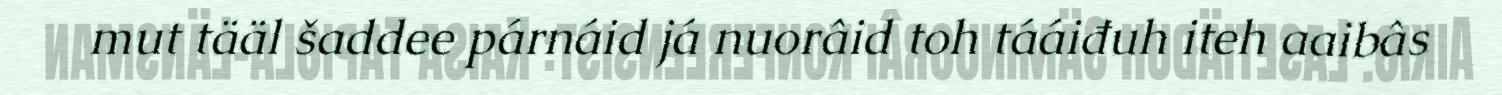
mut tääl šaddee párnáid já nuorâid toh tááiđuh iteh aaibâs